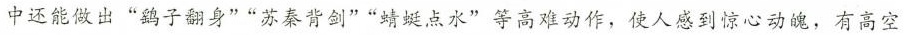
中还能做出”鹞子翻身””苏秦背剑””蜻蜓点水”等高难动作，使人感到惊心动魄，有高空